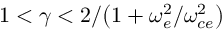
1 < \gamma < 2 / \big ( 1 + \omega _ { e } ^ { 2 } / \omega _ { c e } ^ { 2 } \big )